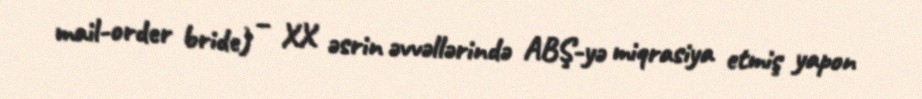
mail-order bride) – XX əsrin əvvəllərində ABŞ-yə miqrasiya etmiş yapon